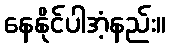
နေနိုင်ပါအံ့နည်း။